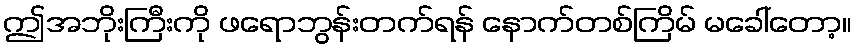
ဤအဘိုးကြီးကို ဖရောဘွန်းတက်ရန် နောက်တစ်ကြိမ် မခေါ်တော့။